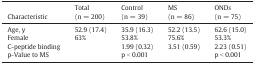
| Characteristic | Total(n = 200) | Control(n = 39) | MS(n = 86) | ONDs(n = 75) |
 | --- | --- | --- | --- | --- |
 | Age, y | 52.9 (17.4) | 35.9 (16.3) | 52.2 (13.5) | 62.6 (15.0) |
 | Female | 63% | 53.8% | 75.6% | 53.3% |
 | C-peptide binding |  | 1.99 (0.32) | 3.51 (0.59) | 2.23 (0.51) |
 | p-Value to MS |  | p < 0.001 |  | p < 0.001 |